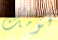
قومك